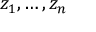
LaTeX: z _ { 1 } , \dots , z _ { n }